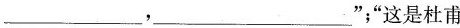
___,___";“这是杜甫